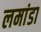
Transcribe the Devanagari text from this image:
लमांडा